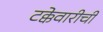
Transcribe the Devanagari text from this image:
टक्केवारीची